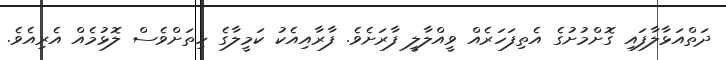
ދަތްއަޅާލާފައި ގޮށްމުށުގެ އެތިފަހަރެއް ވީއްލާލީ ފާރަށެވެ. ފާރާއިއެކު ކަމީލާގެ ހިތަށްވެސް ލޮޅުމެއް އެރިއެވެ.